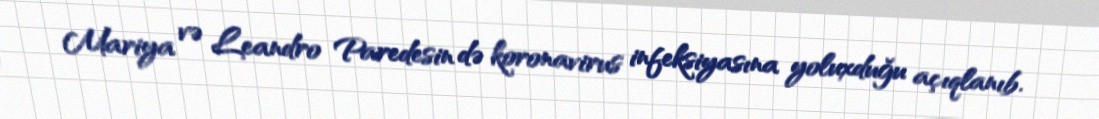
Mariya və Leandro Paredesin də koronavirus infeksiyasına yoluxduğu açıqlanıb.